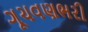
ગૂચવણભરી